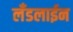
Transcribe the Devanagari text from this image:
लँडलाईन